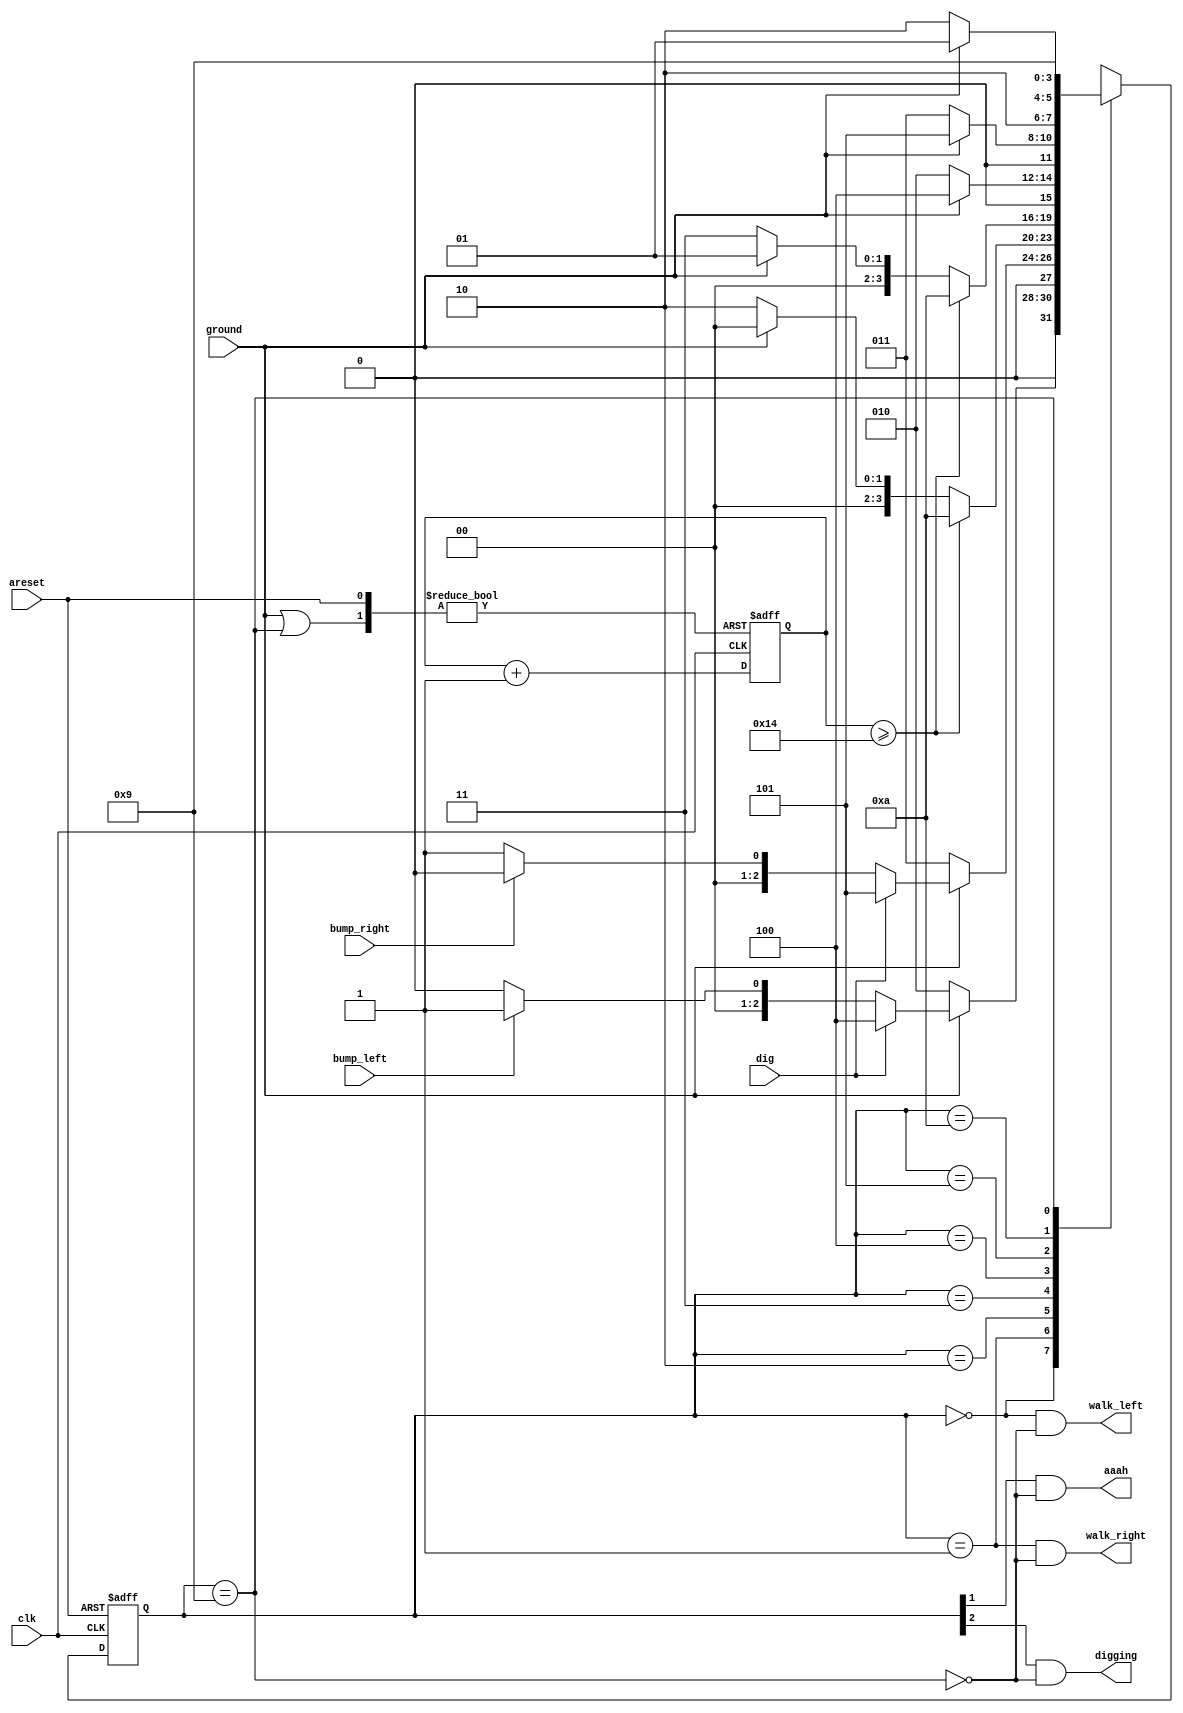
module top_module(
    input clk,
    input areset,    // Freshly brainwashed Lemmings walk left.
    input bump_left,
    input bump_right,
    input ground,
    input dig,
    output walk_left,
    output walk_right,
    output aaah,
    output digging ); 

    parameter [3:0] LEFT = 4'b0000, RIGHT = 4'b0001, FALLING_LEFT = 4'b0010, FALLING_RIGHT = 4'b0011, 
                    DIGGING_LEFT = 4'b0100, DIGGING_RIGHT = 4'b0101, DYING = 4'b1010, SPLATTER = 4'b1001;
    reg       [3:0] state, next_state;

    wire game_over;
    assign game_over = (state == SPLATTER);
    
    reg [4:0] counter;

    always @(*) begin
        // State transition logic
        case (state)
            LEFT: next_state = 
                    ~ground   ? FALLING_LEFT : 
                    dig       ? DIGGING_LEFT : 
                    bump_left ? RIGHT : LEFT;
            RIGHT: next_state = 
                    ~ground    ? FALLING_RIGHT : 
                    dig        ? DIGGING_RIGHT : 
                    bump_right ? LEFT : RIGHT;
            FALLING_LEFT:  next_state = 
                    (counter >= 20) ? DYING :
                    ground ? LEFT : FALLING_LEFT;  
            FALLING_RIGHT: next_state = 
                    (counter >= 20) ? DYING :
                    ground ? RIGHT : FALLING_RIGHT;
            DIGGING_LEFT:  next_state = ground ? DIGGING_LEFT : FALLING_LEFT;
            DIGGING_RIGHT: next_state = ground ? DIGGING_RIGHT : FALLING_RIGHT;
            DYING:    next_state = ground ? SPLATTER : DYING;
            SPLATTER: next_state = SPLATTER;
            default: next_state = 4'hx;
        endcase 
    end

    always @(posedge clk or posedge areset) begin
        // State flip-flops with asynchronous reset
        if (areset) state <= LEFT;
        else        state <= next_state;
    end


    // counter
    wire cnt_disable;
    assign cnt_disable = ground | game_over;
    always @(posedge clk or posedge areset or posedge cnt_disable) begin
        if (cnt_disable) 
            counter <= 0;
        else if (areset)
            counter <= 0;
        else 
            counter <= counter + 1'b1;
    end

    // Output logic
    assign walk_left    = (state == LEFT)  & ~game_over;
    assign walk_right   = (state == RIGHT) & ~game_over;
    assign aaah         = state[1] & ~game_over;
    assign digging      = state[2] & ~game_over;

endmodule